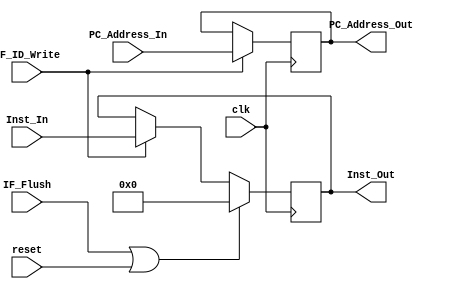
`timescale 1ns / 1ps

module IF_ID(input clk, input reset, input IF_ID_Write, input IF_Flush, input wire [63:0] PC_Address_In, input wire [31:0] Inst_In,
output reg [63:0] PC_Address_Out, output reg [31:0] Inst_Out);

initial
    Inst_Out = 0;

always @(posedge clk)
begin
    if (IF_ID_Write)
    begin
        PC_Address_Out = PC_Address_In;
        Inst_Out = Inst_In;
    end
    if (IF_Flush || reset)
        Inst_Out = 0;
end

endmodule